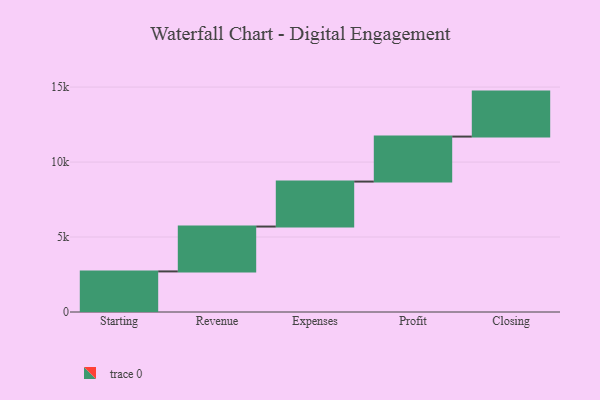
{"axis": {"x": "Step", "y": "Value"}, "legend": [""], "data": [{"x": "Starting", "y": 2707.0, "type": ""}, {"x": "Revenue", "y": 2992.0, "type": ""}, {"x": "Expenses", "y": 3000, "type": ""}, {"x": "Profit", "y": 3000, "type": ""}, {"x": "Closing", "y": 3000, "type": ""}]}